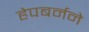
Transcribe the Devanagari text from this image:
हेपबर्नने